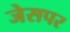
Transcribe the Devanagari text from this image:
जेसपर